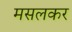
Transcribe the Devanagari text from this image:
मसलकर